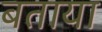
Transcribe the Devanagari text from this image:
बताया